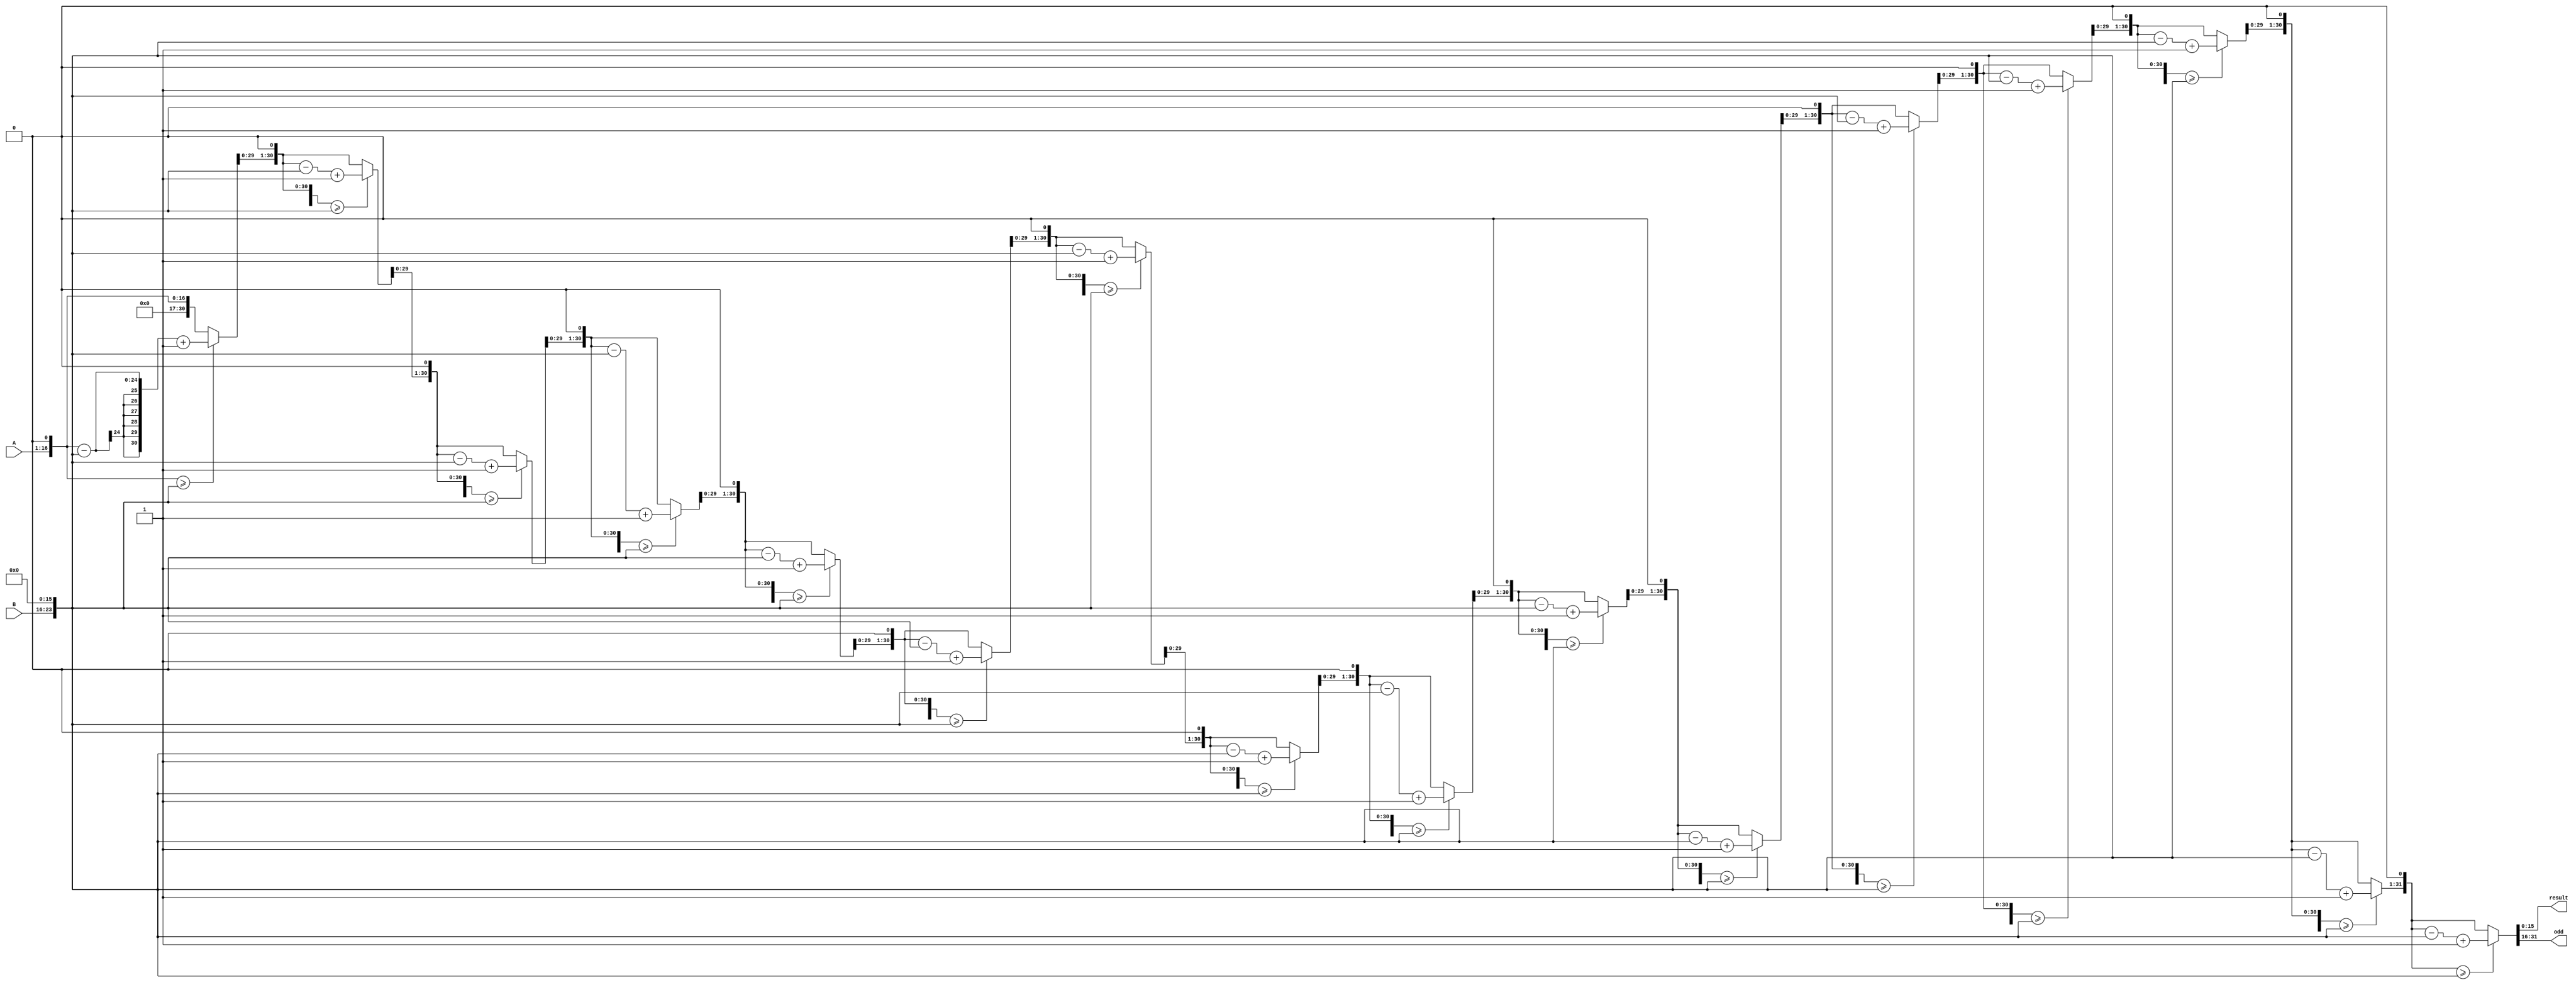
module verified_div_16bit(
    input wire [15:0] A,
    input wire [7:0] B,
    output wire [15:0] result,
    output wire [15:0] odd
    );

reg [15:0] a_reg;
reg [15:0] b_reg;
reg [31:0] tmp_a;
reg [31:0] tmp_b;
integer i;

always@(*) begin
    a_reg = A;
    b_reg = B;
end

always@(*) begin
    begin
        tmp_a = {16'b0,a_reg};
        tmp_b = {b_reg,16'b0};
        for(i=0;i<16;i=i+1)begin
            tmp_a = tmp_a << 1;
            if (tmp_a >= tmp_b) begin
                tmp_a = tmp_a - tmp_b + 1;
            end
            else begin
                tmp_a = tmp_a;
            end
        end
    end
end

assign odd = tmp_a[31:16];
assign result = tmp_a[15:0];

endmodule